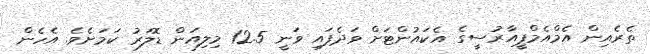
ތެރެއިން އެމްއެމްޕީއާރުސީގެ އެކައުންޓަށް ވަދެފައި ވަނީ 12.5 މިލިއަން ޑޮލަރު ކަމަށެވެ. އެހެން